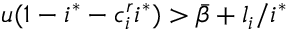
u ( 1 - i ^ { * } - c _ { i } ^ { r } i ^ { * } ) > \bar { \beta } + l _ { i } / { i ^ { * } }